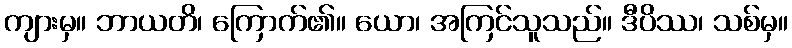
ကျားမှ။ ဘာယတိ၊ ကြောက်၏။ ယော၊ အကြင်သူသည်။ ဒီပိဿ၊ သစ်မှ။